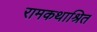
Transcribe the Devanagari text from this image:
रामकथाश्रित